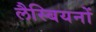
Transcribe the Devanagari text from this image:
लैस्बियनों